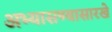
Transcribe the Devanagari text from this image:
अभ्यासण्यासारखे